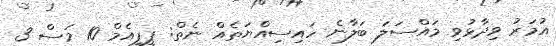
އުމަރު ވިދާޅުވި މައްސަލަ ބަލާނެ ހައިސިއްޔަތެއް ނެތް: ޕީޕީއެމް 10 މަސް 3